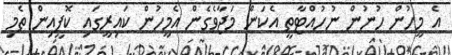
އެ މީހުން ހުނުން ނުހުއްޓާތީ އެކަން މަޖާވެގެންް އެމީހުން ކައިރީގައި ކޮފީއިން ތެމި